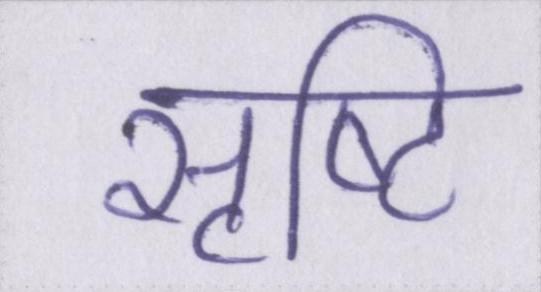
सृष्टि